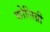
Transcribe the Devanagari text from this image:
कोलिब्री